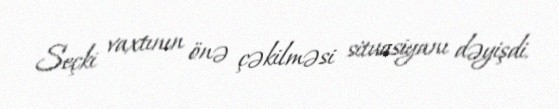
Seçki vaxtının önə çəkilməsi situasiyanı dəyişdi.